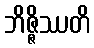
ဘိဇ္ဇိဿတိ